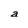
Character: a